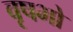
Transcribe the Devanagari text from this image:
वृषभो